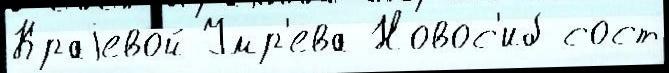
Краjево́й Умр'ева Новос'иб сост